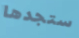
ستجدها